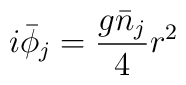
i \bar{\phi}_j  = \frac{g \bar{n}_j}{4} r^2